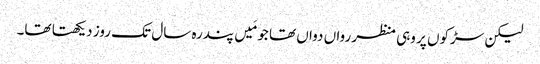
لیکن سڑکوں پر وہی منظر رواں دواں تھا جو مَیں پندرہ سال تک روز دیکھتا تھا۔